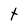
Character: t